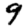
Digit: 9